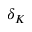
\delta _ { K }